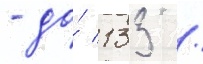
- до́ 133 /